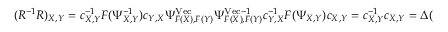
( R ^ { - 1 } R ) _ { X , Y } = c _ { X , Y } ^ { - 1 } F ( \Psi _ { X , Y } ^ { - 1 } ) c _ { Y , X } \Psi _ { F ( X ) , F ( Y ) } ^ { \mathrm { V e c } } \Psi _ { F ( X ) , F ( Y ) } ^ { \mathrm { V e c } - 1 } c _ { Y , X } ^ { - 1 } F ( \Psi _ { X , Y } ) c _ { X , Y } = c _ { X , Y } ^ { - 1 } c _ { X , Y } = \Delta ( 1 ) _ { X , Y }